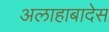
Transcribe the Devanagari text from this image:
अलाहाबादेस